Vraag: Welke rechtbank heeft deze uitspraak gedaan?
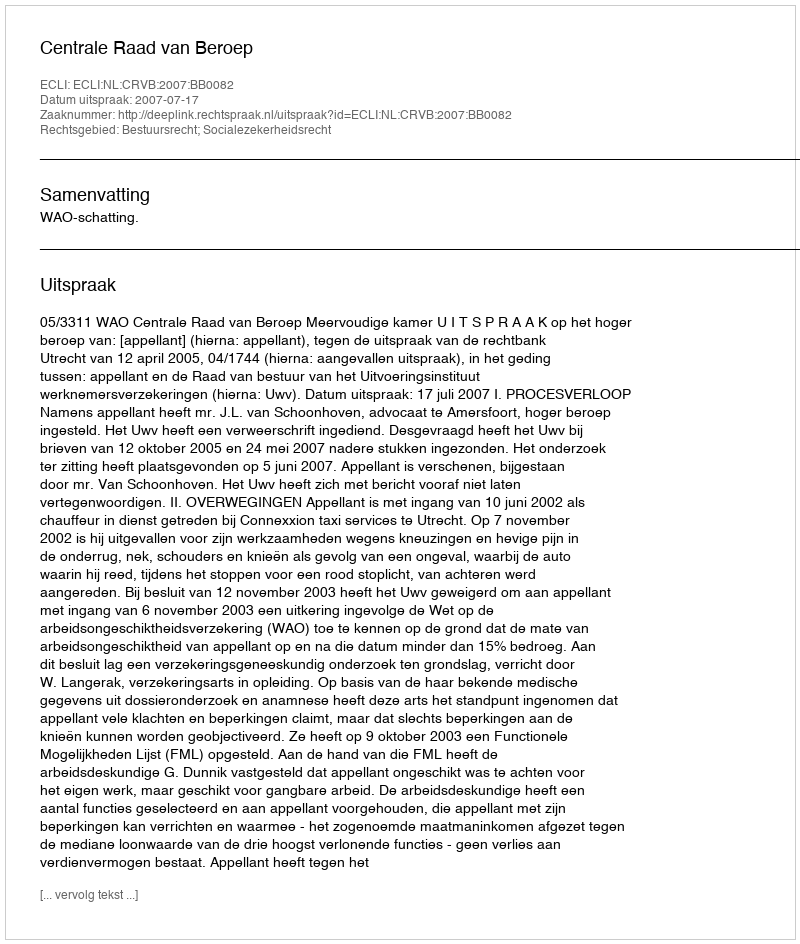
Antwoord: Centrale Raad van Beroep